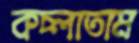
কচ্‌লাতাম